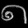
Digit: ၈